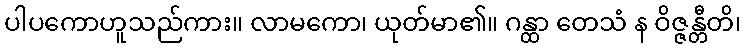
ပါပကောဟူသည်ကား။ လာမကော၊ ယုတ်မာ၏။ ဂန္ထာ တေသံ န ဝိဇ္ဇန္တီတိ၊